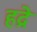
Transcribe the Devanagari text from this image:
हद्रे